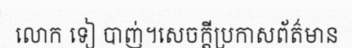
លោក ទៀ បាញ់។សេចក្តីប្រកាសព័ត៌មាន